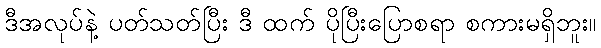
ဒီအလုပ်နဲ့ ပတ်သတ်ပြီး ဒီ ထက် ပိုပြီးပြောစရာ စကားမရှိဘူး။